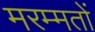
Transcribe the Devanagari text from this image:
मरम्मतों